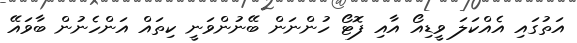
އަތުގައި އެއްކަލަ ވީޑިއޯ އާއި ފޮޓޯ ހުންނަން ބޭނުންވަނީ ކިތައް އަންހެނުން ބާވައޭ